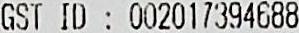
GST ID : 002017394688